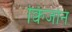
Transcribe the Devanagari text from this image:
क्विजोन